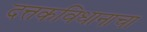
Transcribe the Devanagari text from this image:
दत्तकविधानाचा